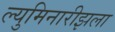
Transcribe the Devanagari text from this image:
ल्युमिनारीझला